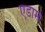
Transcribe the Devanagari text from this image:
एडाम